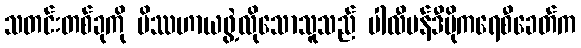
သတင်းတစ်ခုကို မိဿဟာယဖွဲ့လိုသောသူသည် ပါလီမန်ဒီမိုကရေစီခေတ်က